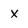
Character: x